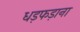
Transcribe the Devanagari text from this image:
धड़फड़ाना